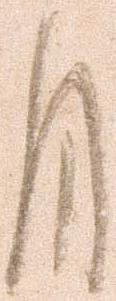
月